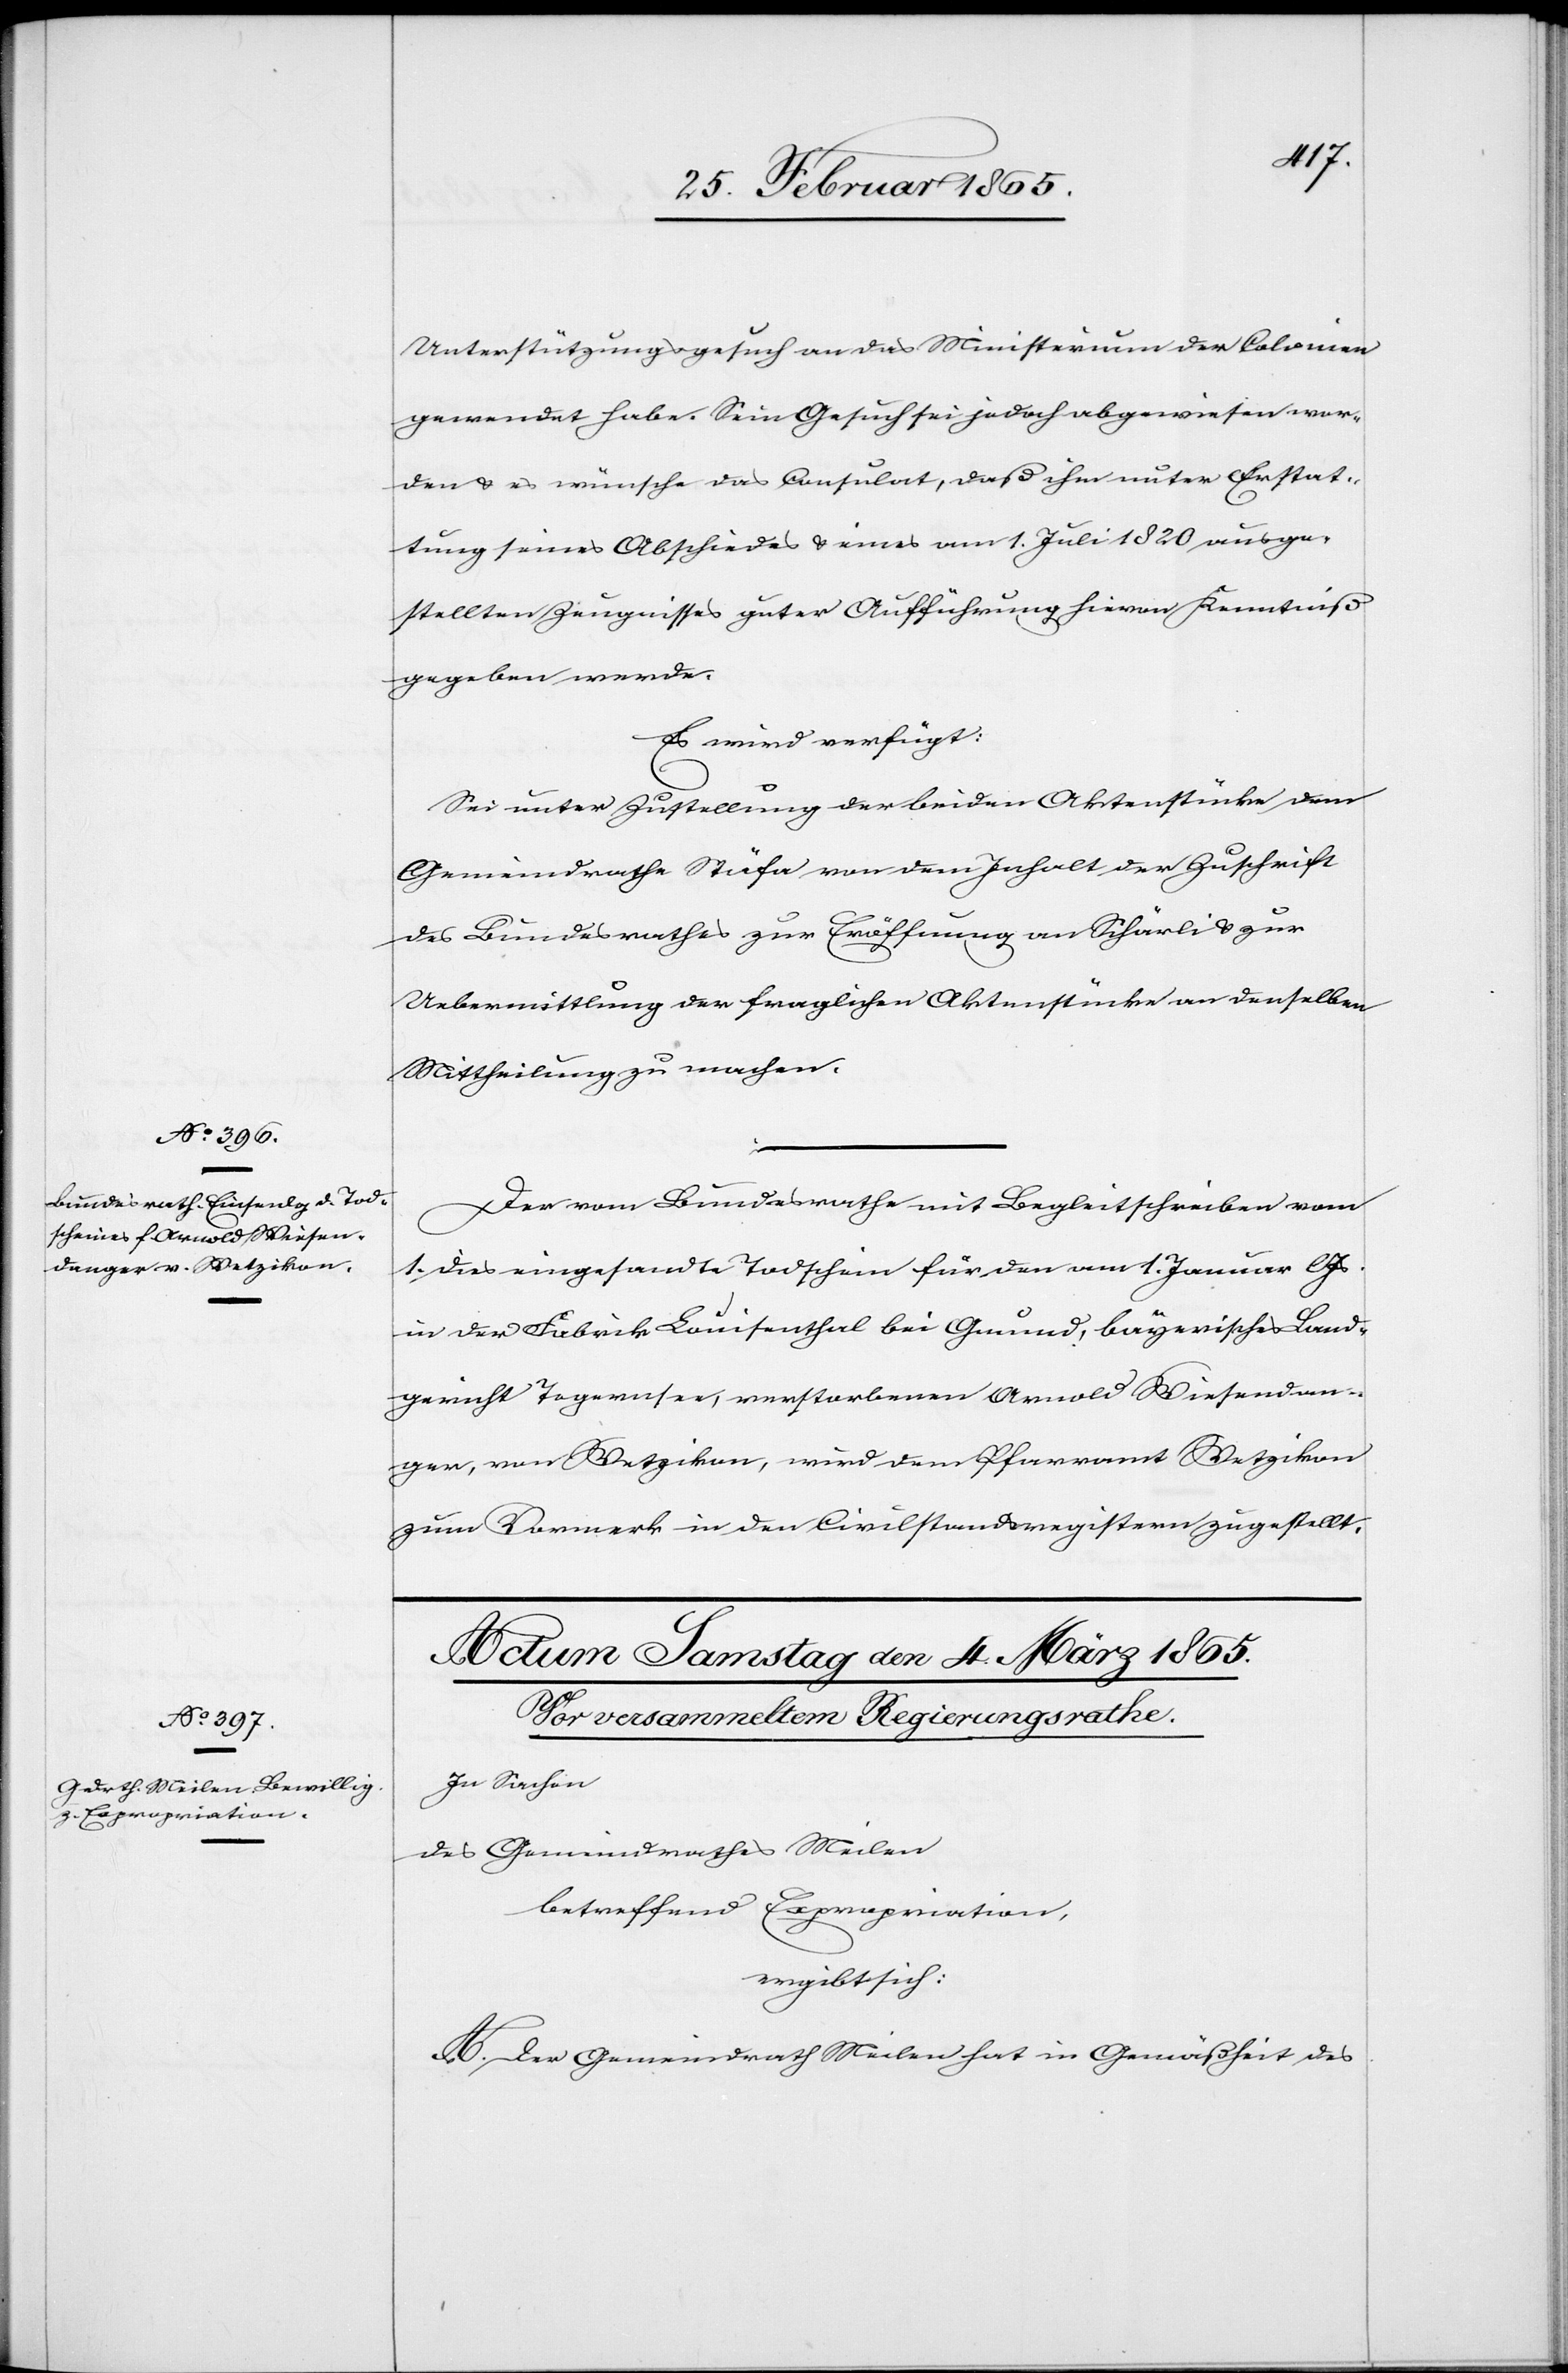
Unterstützungsgesuch an das Ministerium der Colonien
gewendet habe. Sein Gesuch sei jedoch abgewiesen wor¬
den u. es wünsche das Consulat, daß ihm unter Erstat¬
tung seines Abschiedes u. eines am 1. Juli 1820 auge¬
stellten Zeugnisses guter Aufführung hievon Kenntniß
gegeben werde.
Es wird verfügt:
Sei unter Zustellung der beiden Aktenstücke dem
Gemeindrathe Stäfa von dem Inhalt der Zuschrift
des Bundesrathes zur Eröffnung an Schärli u. zur
Uebermittlung der fraglichen Aktenstücke an denselben
Mittheilung zu machen.
Der vom Bundesrathe mit Begleitschreiben vom
1. dies eingesandte Todschein für den am 1. Januar l
in der Fabrik Louisenthal bei Grund, bayerisches Land¬
gericht Tegernsee, verstorbenen Arnold Wiesendan¬
ger, von Wetzikon, wird dem Pfarramt Wetzikon
zum Vormerk in den Civilstandsregistern zugestellt.
In Sachen
des Gemeindrathes Meilen
betreffend Expropriation,
ergibt sich:
A. Der Gemeindrath Meilen hat in Gemäßheit des